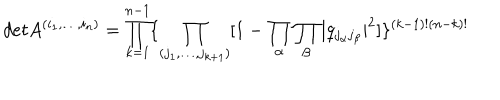
d e t A ^ { ( i _ { 1 } , \dots , i _ { n } ) } = \prod _ { k = 1 } ^ { n - 1 } \{ \prod _ { ( j _ { 1 } , \dots , j _ { k + 1 } ) } [ 1 - \prod _ { \alpha } \prod _ { \beta } | q _ { j _ { \alpha } j _ { \beta } } | ^ { 2 } ] \} ^ { ( k - 1 ) ! ( n - k ) ! }